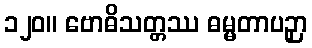
၁၂၀။ ဗောဓိသတ္တဿ ဓမ္မတာပဉှာ